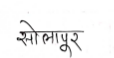
मजकूर: सोलापूर